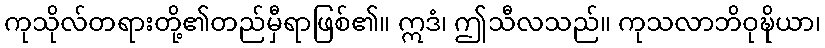
ကုသိုလ်တရားတို့၏တည်မှီရာဖြစ်၏။ ဣဒံ၊ ဤသီလသည်။ ကုသလာဘိဝုဍ္ဎိယာ၊